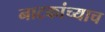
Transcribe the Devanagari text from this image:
नाटकांच्याच